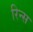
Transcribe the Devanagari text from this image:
रिन्स